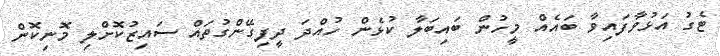
ޓެގު އަޅުވާފައިވާ ބައެއް މީހުން ބައިބަލާ ކުޅެން ހުއްދަ ދީފިގޭންގުތައް ސައިޒުކޮށްލި މޮނިކޮން